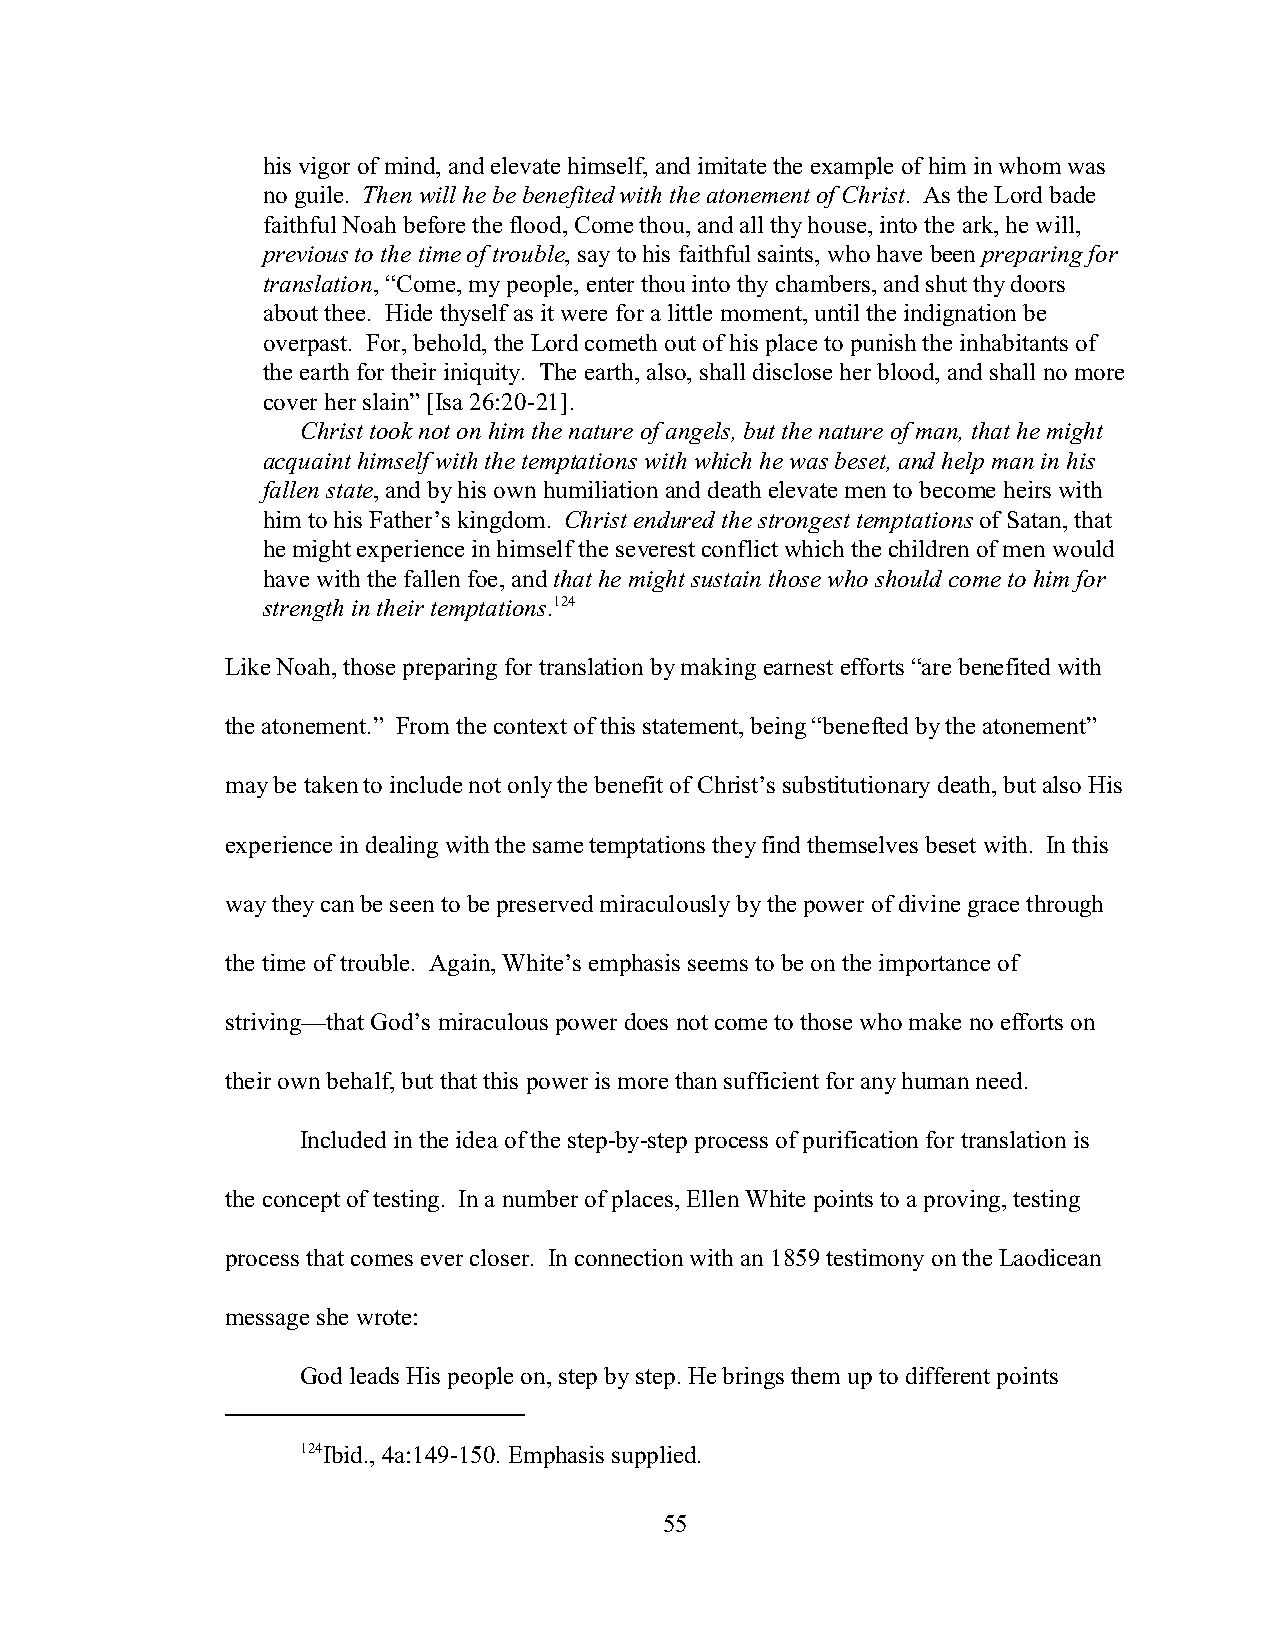
his vigor of mind, and elevate himself, and imitate the example of him in whom was
 no guile. Then will he be benefited with the atonement of Christ. As the Lord bade
 faithful Noah before the flood, Come thou, and all thy house, into the ark, he will,
 previous to the time of trouble, say to his faithful saints, who have been preparing for
 translation, “Come, my people, enter thou into thy chambers, and shut thy doors
 about thee. Hide thyself as it were for a little moment, until the indignation be
 overpast. For, behold, the Lord cometh out of his place to punish the inhabitants of
 the earth for their iniquity. The earth, also, shall disclose her blood, and shall no more
 cover her slain” [Isa 26:20-21].
 Christ took not on him the nature of angels, but the nature of man, that he might
 acquaint himself with the temptations with which he was beset, and help man in his
 fallen state, and by his own humiliation and death elevate men to become heirs with
 him to his Father’s kingdom. Christ endured the strongest temptations of Satan, that
 he might experience in himself the severest conflict which the children of men would
 have with the fallen foe, and that he might sustain those who should come to him for
 strength in their temptations.124
 Like Noah, those preparing for translation by making earnest efforts “are benefited with
 the atonement.” From the context of this statement, being “benefted by the atonement”
 may be taken to include not only the benefit of Christ’s substitutionary death, but also His
 experience in dealing with the same temptations they find themselves beset with. In this
 way they can be seen to be preserved miraculously by the power of divine grace through
 the time of trouble. Again, White’s emphasis seems to be on the importance of
 striving—that God’s miraculous power does not come to those who make no efforts on
 their own behalf, but that this power is more than sufficient for any human need.
 Included in the idea of the step-by-step process of purification for translation is
 the concept of testing. In a number of places, Ellen White points to a proving, testing
 process that comes ever closer. In connection with an 1859 testimony on the Laodicean
 message she wrote:
 God leads His people on, step by step. He brings them up to different points
 124Ibid., 4a:149-150. Emphasis supplied.
 55